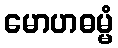
မောဟဓမ္မံ